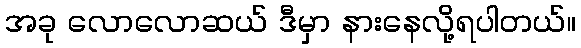
အခု လောလောဆယ် ဒီမှာ နားနေလို့ရပါတယ်။